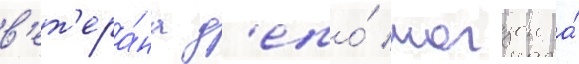
в'ет'ера́на д'епо́ могзон а́